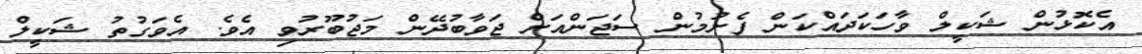
އެކޮޅުން ޝަކީލް ވާހަކަދައްކަން ފެށުމުން ސަޖަންއަށް ޖަވާބުދޭން މަޖުބޫރުވި އެވެ. އެވަގުތު ޝަކީލް